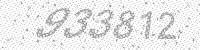
Solution: 933812